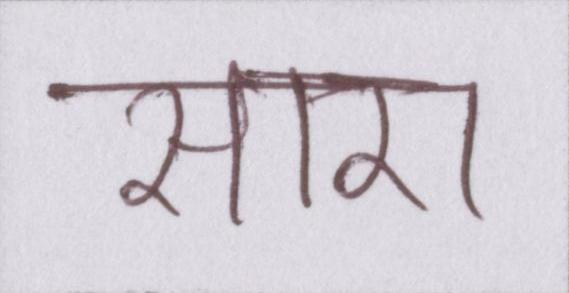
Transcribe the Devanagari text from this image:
सारा